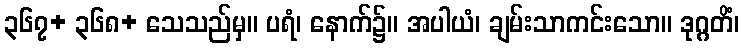
၃၆၇+ ၃၆၈+ သေသည်မှ။ ပရံ၊ နောက်၌။ အပါယံ၊ ချမ်းသာကင်းသော။ ဒုဂ္ဂတိံ၊